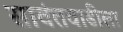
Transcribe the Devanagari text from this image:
सावंतवाडीला